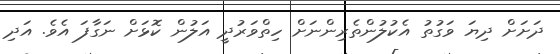
ދަށަށް ދިޔަ ވަގުތު އެކުލުންތެރިންނަށް ހިތްވަރުދީ އަލުން ކޮޅަށް ނަގާފަ އެވެ. އަދި